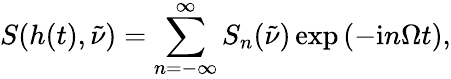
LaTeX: S(h(t),\tilde{\nu})=\sum_{n=-\infty}^{\infty}S_{n}(\tilde{\nu})\exp\left({-\mathrm{i}n\Omega t}\right),